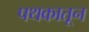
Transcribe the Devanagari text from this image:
पथकातून